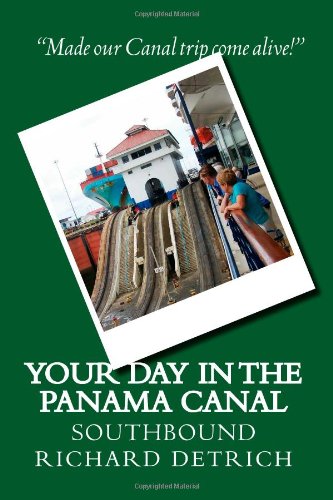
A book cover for Your Day In The Panama Canal - Southbound: Everything you need to get the most out of your Panama Canal experience; Richard Detrich; Travel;